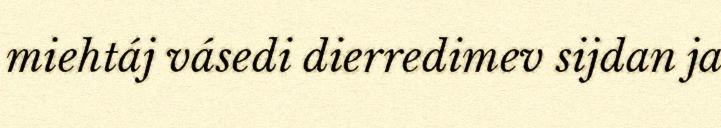
miehtáj vásedi dierredimev sijdan ja